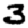
Digit: 3